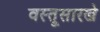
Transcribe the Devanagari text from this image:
वस्तूसारखे